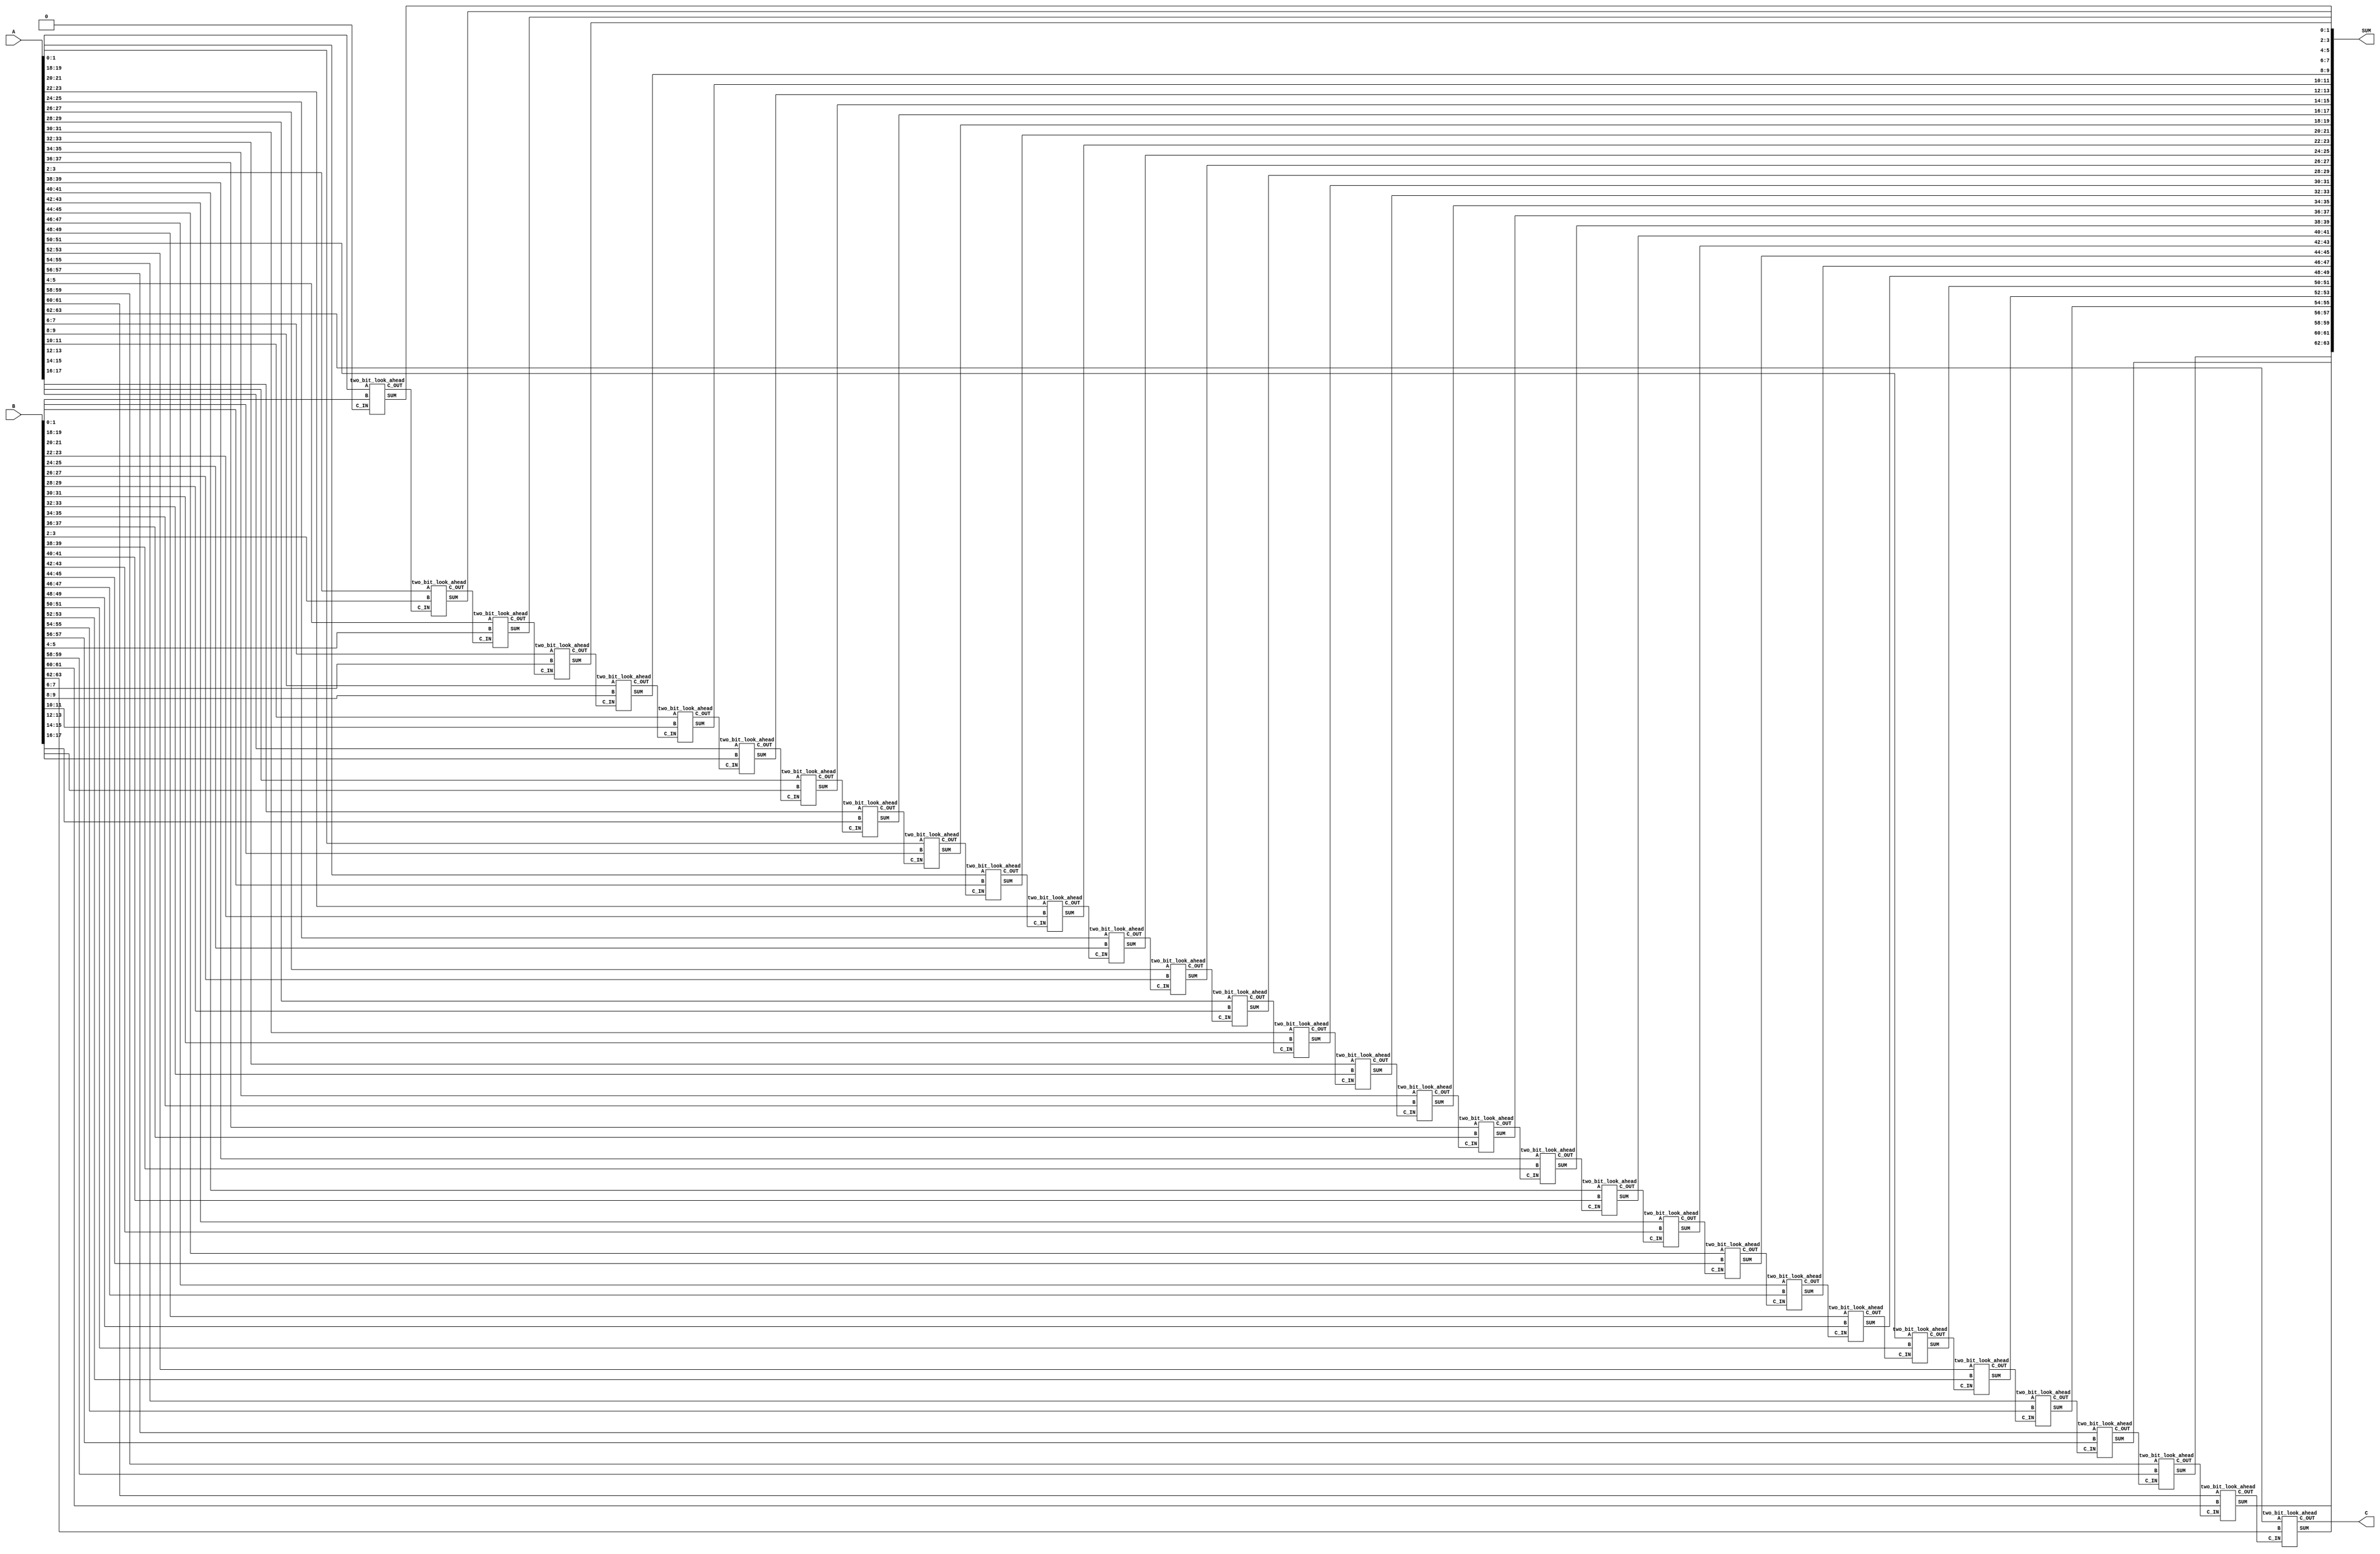
`timescale 1ns / 1ps
module carry_look_ahead_64
(
  input [63:0] A,
  input [63:0] B,
  output [63:0] SUM,
  output C
);
  // Wires will structurally connect each full_adder (2-bit look-ahead)
  wire C0, C1, C2, C3, C4, C5, C6, C7, C8, C9, C10;
  wire C11, C12, C13, C14, C15, C16, C17, C18, C19, C20;
  wire C21, C22, C23, C24, C25, C26, C27, C28, C29, C30, C31;

  // First carry bit must be zero
  assign C0 = 1'b0;

  // 32 different two_bit_look_ahead adders are combined together to create a 64-bit carry look-ahead adder
  two_bit_look_ahead op1 (A[1:0], B[1:0], C0, SUM[1:0], C1),
  op2 (A[3:2], B[3:2], C1, SUM[3:2], C2),
  op3 (A[5:4], B[5:4], C2, SUM[5:4], C3),
  op4 (A[7:6], B[7:6], C3, SUM[7:6], C4),
  op5 (A[9:8], B[9:8], C4, SUM[9:8], C5),
  op6 (A[11:10], B[11:10], C5, SUM[11:10], C6),
  op7 (A[13:12], B[13:12], C6, SUM[13:12], C7),
  op8 (A[15:14], B[15:14], C7, SUM[15:14], C8),
  op9 (A[17:16], B[17:16], C8, SUM[17:16], C9),
  op10 (A[19:18], B[19:18], C9, SUM[19:18], C10),
  op11 (A[21:20], B[21:20], C10, SUM[21:20], C11),
  op12 (A[23:22], B[23:22], C11, SUM[23:22], C12),
  op13 (A[25:24], B[25:24], C12, SUM[25:24], C13),
  op14 (A[27:26], B[27:26], C13, SUM[27:26], C14),
  op15 (A[29:28], B[29:28], C14, SUM[29:28], C15),
  op16 (A[31:30], B[31:30], C15, SUM[31:30], C16),
  op17 (A[33:32], B[33:32], C16, SUM[33:32], C17),
  op18 (A[35:34], B[35:34], C17, SUM[35:34], C18),
  op19 (A[37:36], B[37:36], C18, SUM[37:36], C19),
  op20 (A[39:38], B[39:38], C19, SUM[39:38], C20),
  op21 (A[41:40], B[41:40], C20, SUM[41:40], C21),
  op22 (A[43:42], B[43:42], C21, SUM[43:42], C22),
  op23 (A[45:44], B[45:44], C22, SUM[45:44], C23),
  op24 (A[47:46], B[47:46], C23, SUM[47:46], C24),
  op25 (A[49:48], B[49:48], C24, SUM[49:48], C25),
  op26 (A[51:50], B[51:50], C25, SUM[51:50], C26),
  op27 (A[53:52], B[53:52], C26, SUM[53:52], C27),
  op28 (A[55:54], B[55:54], C27, SUM[55:54], C28),
  op29 (A[57:56], B[57:56], C28, SUM[57:56], C29),
  op30 (A[59:58], B[59:58], C29, SUM[59:58], C30),
  op31 (A[61:60], B[61:60], C30, SUM[61:60], C31),
  op32 (A[63:62], B[63:62], C31, SUM[63:62], C);
endmodule

module two_bit_look_ahead
(
  input [1:0] A,
  input [1:0] B,
  input C_IN,
  output [1:0] SUM,
  output C_OUT
);

  // Defining wires for gate connections
  wire tempSum;
  wire temp1;
  wire temp2;
  wire temp3;
  wire temp4;
  wire temp5;
  wire temp6;
  wire temp7;

  // Compute SUM output by using logic gates
  xor A1 (tempSum, A[0], B[0]);
  xor A2 (SUM[0], tempSum, C_IN);
  and A3 (temp1, tempSum, C_IN);
  and A4 (temp2, A[0], B[0]);
  xor A5 (temp3, A[1], B[1]);
  xor A6 (temp4, temp2, temp1);
  xor A7 (SUM[1], temp3, temp4);
  // Compute C_OUT bit by using logic gates
  and B1 (temp5, A[1], B[1]);
  or B2 (temp6, temp2, temp1);
  and B3 (temp7, temp3, temp6);
  or B4 (C_OUT, temp5, temp7);
endmodule